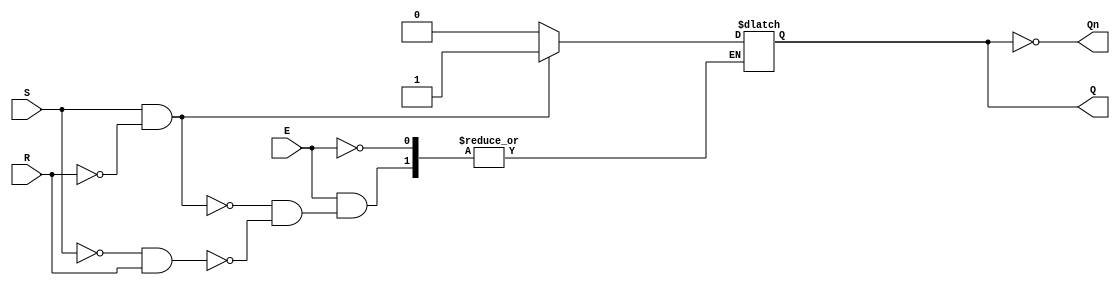
module GatedSRLatch (
    input wire S,      // Set input
    input wire R,      // Reset input
    input wire E,      // Enable input
    output reg Q,      // Output Q
    output wire Qn     // Complement of Q
);

    assign Qn = ~Q; // Complement output

    always @ (S, R, E) begin
        if (E) begin
            if (S && ~R) begin
                Q <= 1'b1; // Set state
            end else if (~S && R) begin
                Q <= 1'b0; // Reset state
            end else if (~S && ~R) begin
                // Maintain previous state (memory condition)
                Q <= Q; // No change
            end else begin
                // Invalid state (S = 1 and R = 1), do nothing
                Q <= Q; // No change
            end
        end
        // If E is low, the latch retains its previous state
    end

endmodule